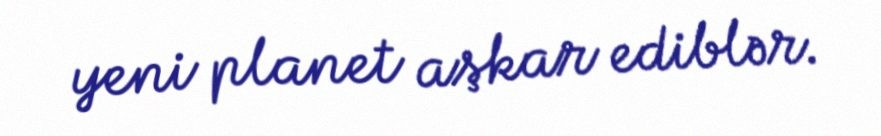
yeni planet aşkar ediblər.